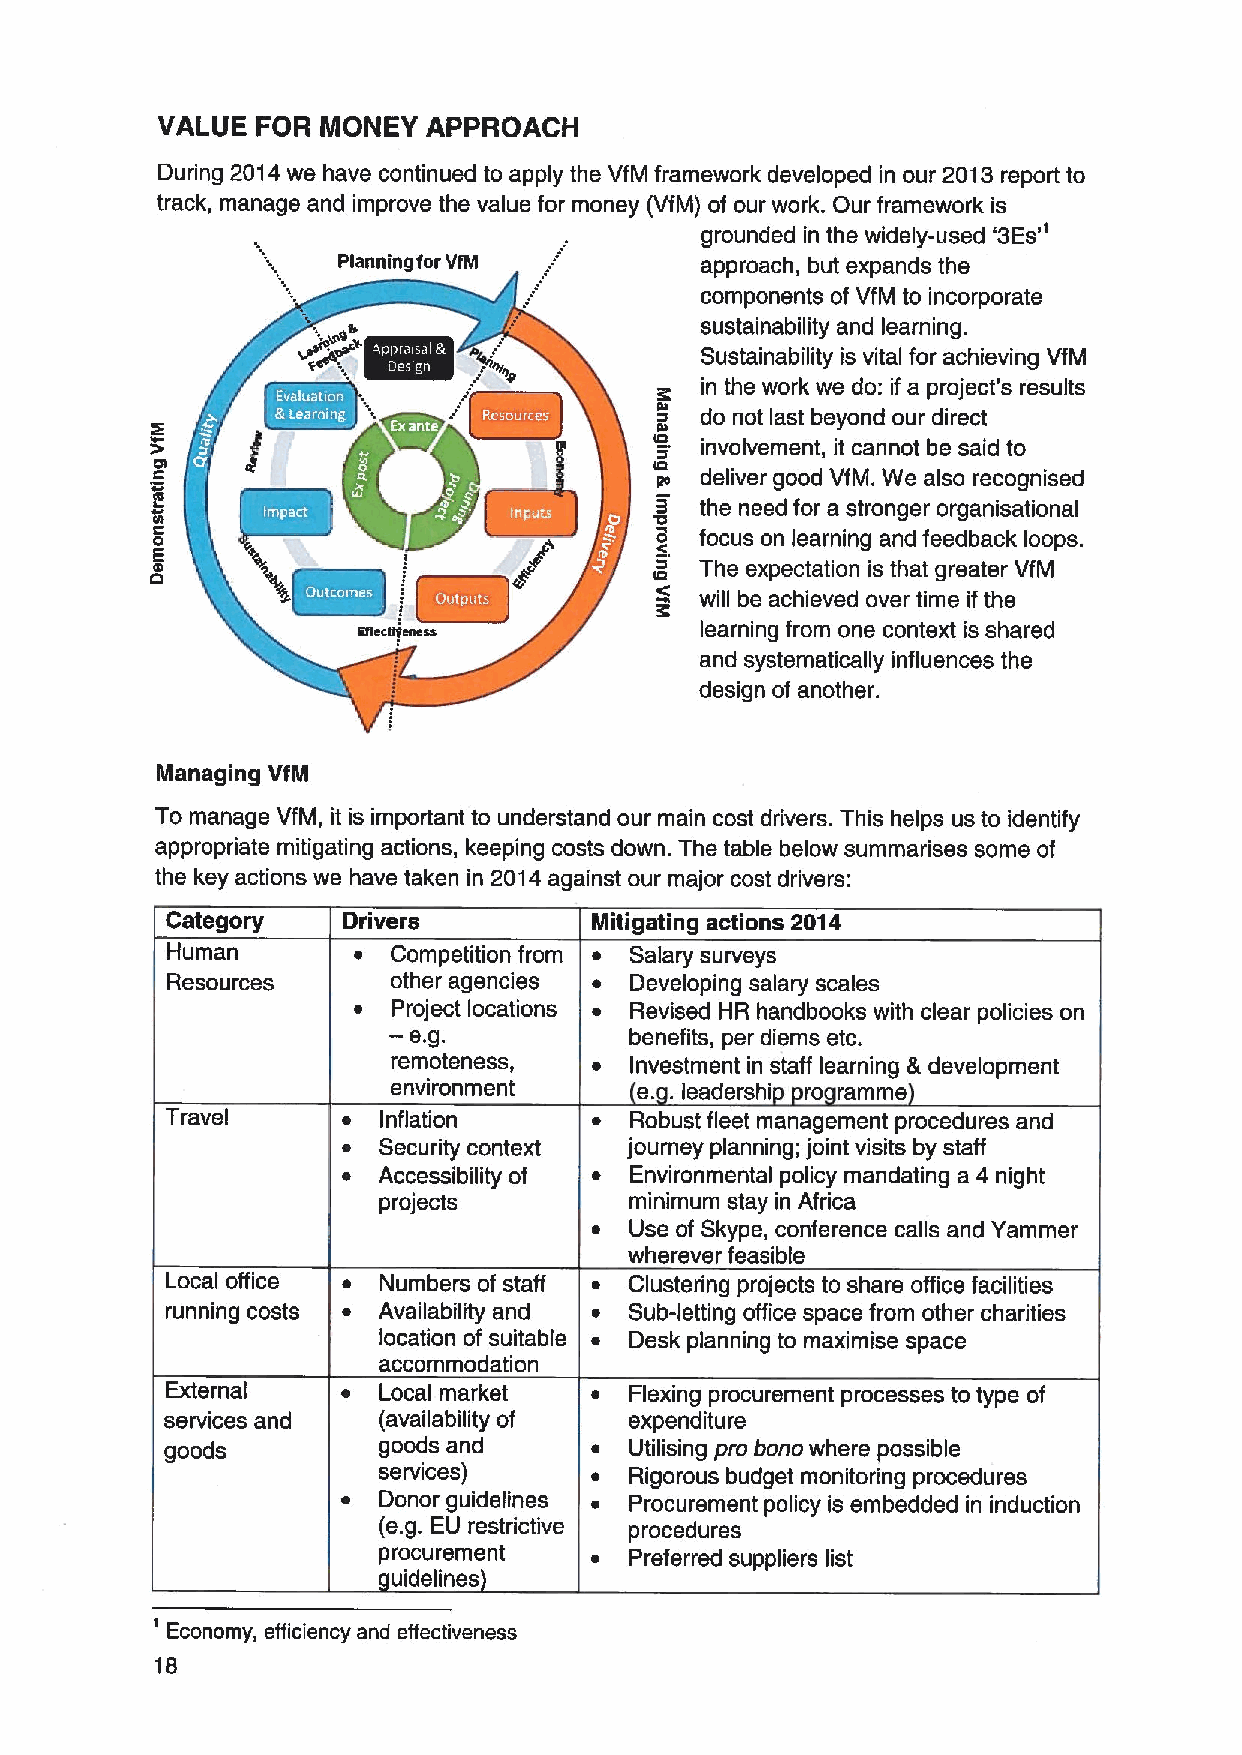
VALUE  FOR MONEY  APPROACH
 During 2014we have continued to apply the VfM framework developed in our 2013report to
 track, manage and improve the value for money (VfM) of our work. Our framework is
 '3Es'
 grounded in the widely-used
 planning for vfM        approach, but expands the
 components of VfM to incorporate
 sustainability and learning.
 Sustainability is vital for achieving VfM
 in the work we do: if a project's results
 do not last beyond our direct
 involvement, it cannot be said to
 a  deliver good VfM. We also recognised
 8  the need for a stronger organisational
 o  focus on learning and feedback loops.
 g  The expectation is that greater VfM
 will be achieved over time ifthe
 aa\ctoHlcss           learning from one context is shared
 and systematically influences the
 design of another.
 Managing VfM
 To manage VfM, it is important to understand our main cost drivers. This helps us to identify
 appropriate mitigating actions, keeping costs down. The table below summarises some of
 the key actions we have taken in 2014against our major cost drivers:
 Category    Drivers         Mitigating actions 2014
 Human       ~  Competition from ~ Salary surveys
 Resources      other agencies ~ Developing salary scales
 ~  Project locations ~ Revised HR handbooks with clear policies on
 —e.g.
 benefits, per diems etc.
 remoteness,  ~  Investment in staff learning &development
 environment     e. .Ieadershi ro ramme
 Travel      ~ Inflation     ~  Robust fleet management procedures and
 ~ Security context journey planning; joint visits by staff
 ~ Accessibility of ~ Environmental policy mandating a 4 night
 projects         minimum stay in Africa
 ~  Use of Skype, conference calls and Yammer
 wherever feasible
 Local office ~ Numbers of staff ~ Clustering projects to share office facilities
 running costs ~ Availability and ~ Sub-letting office space from other charities
 location of suitable ~ Desk planning to maximise space
 accommodation
 External    ~ Local market  ~  Flexing procurement processes to type of
 services and  (availability of expenditure
 goods         goods and     ~  Utilising pro bono where possible
 services)     ~  Rigorous budget monitoring procedures
 ~ Donor guidelines ~ Procurement policy is embedded in induction
 (e.g. EU restrictive procedures
 procurement   ~  Preferred suppliers list
 uidelines
 '
 Economy, efficiency and effectiveness
 18